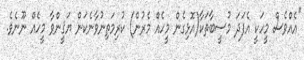
''އެއްވެސް މީހަކީ އެފަދަ މުސީބާތަކާ(އޮޅިގެން މީހެއް މެރުން) ކުރިމަތިނުވާނެކަން ޔަޤީންވާ މީހެއް ނޫނެވެ.